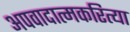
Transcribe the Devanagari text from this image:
अपवादात्मकरित्या